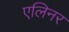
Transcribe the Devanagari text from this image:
एलिनर